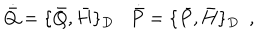
\dot { \bar { Q } } = \{ \bar { Q } , \bar { H } \} _ { D } \, \, \, \, \, \dot { \bar { P } } = \{ \bar { P } , \bar { H } \} _ { D } \, \, \, ,